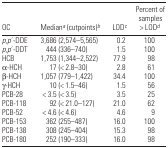
<table><thead><tr><td><b>OC</b></td><td><b>Median<i><sup>a</sup></i> (cutpoints)<i><sup>b</sup></i></b></td><td><b>LOD<i><sup>c</sup></i></b></td><td><b>Percent of samples &gt; LOD<i><sup>d</sup></i></b></td></tr></thead><tbody><tr><td><i>p,p</i>′-DDE</td><td>3,686 (2,574–5,565)</td><td>0.2</td><td>100</td></tr><tr><td><i>p,p</i>′-DDT</td><td>444 (336–740)</td><td>1.5</td><td>100</td></tr><tr><td>HCB</td><td>1,753 (1,344–2,522)</td><td>77.9</td><td>98</td></tr><tr><td>α-HCH</td><td>17 (&lt; 2.8–30)</td><td>2.8</td><td>61</td></tr><tr><td>β-HCH</td><td>1,057 (779–1,422)</td><td>34.4</td><td>100</td></tr><tr><td>γ-HCH</td><td>10 (&lt; 1.5–46)</td><td>1.5</td><td>56</td></tr><tr><td>PCB-28</td><td>&lt; 3.5 (&lt; 3.5)</td><td>3.5</td><td>25</td></tr><tr><td>PCB-118</td><td>92 (&lt; 21.0–127)</td><td>21.0</td><td>62</td></tr><tr><td>PCB-52</td><td>&lt; 4.6 (&lt; 4.6)</td><td>4.6</td><td>9</td></tr><tr><td>PCB-153</td><td>362 (255–487)</td><td>16.0</td><td>100</td></tr><tr><td>PCB-138</td><td>308 (245–404)</td><td>15.3</td><td>98</td></tr><tr><td>PCB-180</td><td>252 (190–333)</td><td>16.0</td><td>98</td></tr></tbody></table>